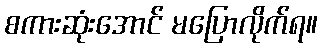
စကားဆုံးအောင် မပြောလိုက်ရ။